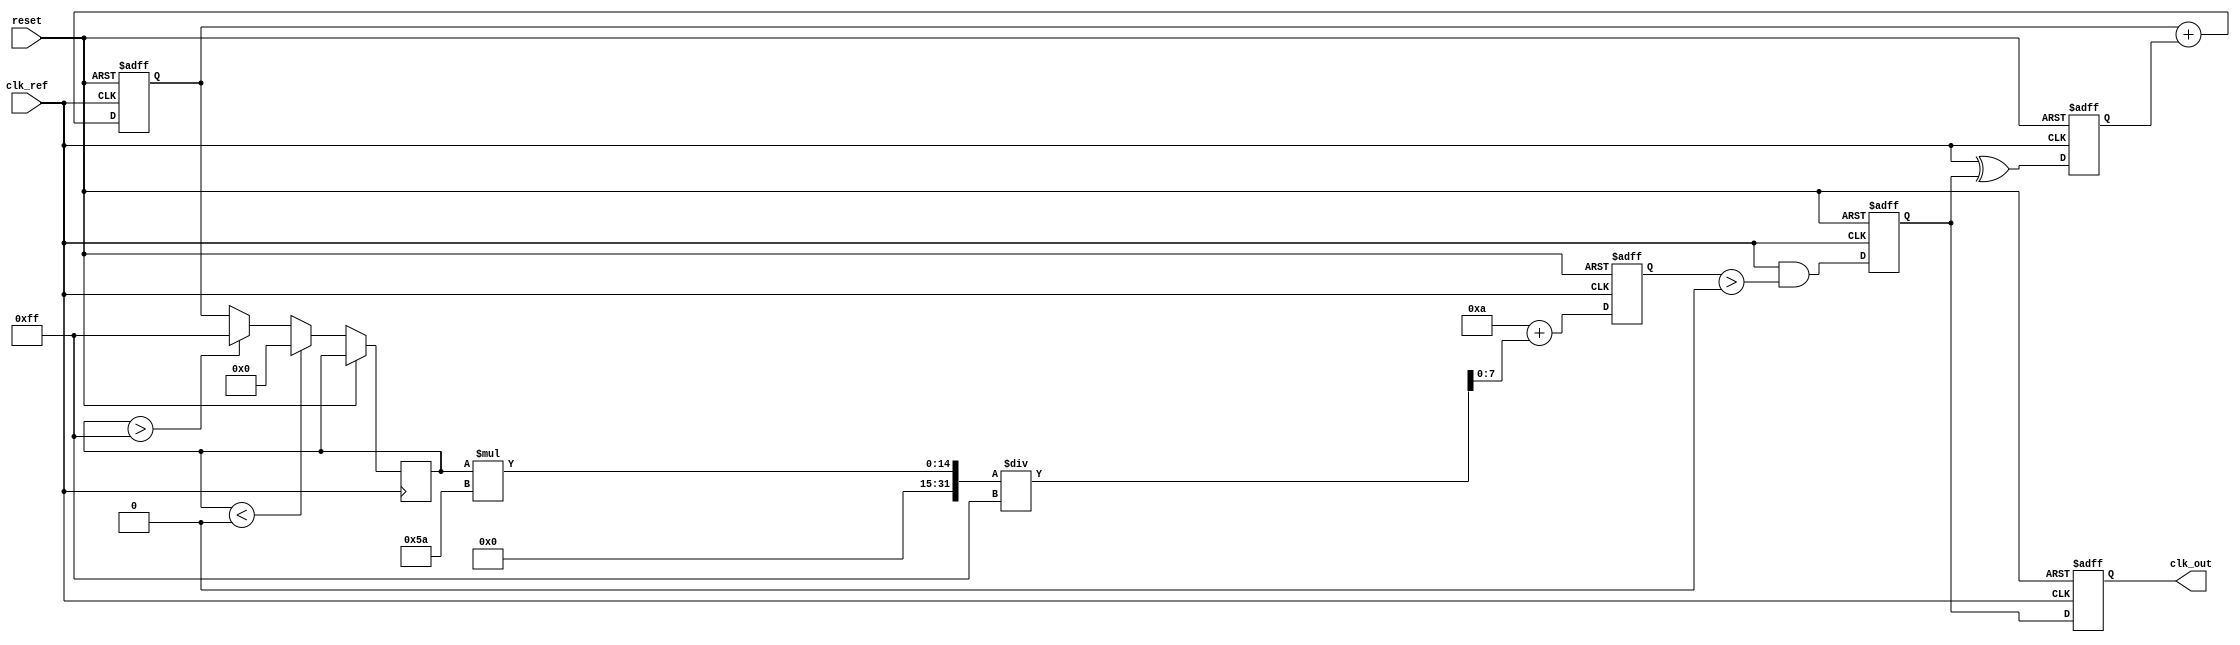
module PLL (
    input wire clk_ref,           // Reference clock input
    input wire reset,             // Reset signal
    output wire clk_out           // Output clock
);

    // Parameters for the PLL
    parameter integer MEMORY_SIZE = 8; // Size of the memory block
    parameter integer VCO_MAX_FREQ = 100; // Maximum frequency of VCO
    parameter integer VCO_MIN_FREQ = 10;  // Minimum frequency of VCO

    // Memory block for storing control voltage settings
    reg [7:0] memory [0:MEMORY_SIZE-1]; // Memory array
    reg [2:0] mem_addr;                  // Memory address pointer
    reg [7:0] control_voltage;           // Control voltage for VCO

    // Phase Detector output
    reg phase_error;                    // Phase error signal

    // Loop Filter output
    reg [7:0] loop_filter_output;       // Output of the loop filter

    // VCO output
    reg clk_vco;                        // VCO output clock
    reg [7:0] vco_frequency;            // Current VCO frequency setting

    // Phase Detector (PD) - Simple XOR for phase comparison
    always @(posedge clk_ref or posedge reset) begin
        if (reset) begin
            phase_error <= 1'b0;
        end else begin
            // Example phase comparison logic (simple XOR for demonstration)
            phase_error <= clk_ref ^ clk_vco; // Phase error signal
        end
    end

    // Loop Filter (LF) - Simple integrator for smoothing
    always @(posedge clk_ref or posedge reset) begin
        if (reset) begin
            loop_filter_output <= 8'b0;
        end else begin
            // Integrate the phase error to determine control voltage
            loop_filter_output <= loop_filter_output + phase_error; // Simple integrator
        end
    end

    // Voltage-Controlled Oscillator (VCO)
    always @(posedge clk_ref or posedge reset) begin
        if (reset) begin
            vco_frequency <= VCO_MIN_FREQ; // Initialize VCO frequency
            clk_vco <= 0;                  // Initialize VCO output
        end else begin
            // Update VCO frequency based on loop filter output
            control_voltage <= loop_filter_output;
            if (control_voltage > 8'd255) control_voltage <= 8'd255; // Clamp value
            if (control_voltage < 8'd0) control_voltage <= 8'd0;     // Clamp value
            vco_frequency <= VCO_MIN_FREQ + (control_voltage * (VCO_MAX_FREQ - VCO_MIN_FREQ) / 8'd255);
            // Generate VCO output clock signal based on frequency
            clk_vco <= (clk_ref & (vco_frequency > 0)); // Simplified clock generation
        end
    end

    // Memory Control Logic
    always @(posedge clk_ref or posedge reset) begin
        if (reset) begin
            mem_addr <= 3'b0; // Initialize memory address
        end else begin
            // Example logic to update memory (increment address)
            mem_addr <= (mem_addr + 1) % MEMORY_SIZE;
            memory[mem_addr] <= control_voltage; // Store control voltage in memory
        end
    end

    // Feedback Mechanism
    always @(posedge clk_ref or posedge reset) begin
        if (reset) begin
            clk_out <= 1'b0; // Initialize output clock
        end else begin
            clk_out <= clk_vco; // Feedback the VCO output to the output clock
        end
    end

endmodule